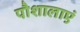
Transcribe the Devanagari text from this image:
पौशालाएं